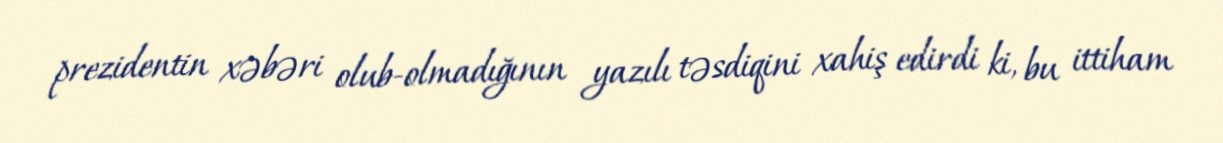
prezidentin xəbəri olub-olmadığının yazılı təsdiqini xahiş edirdi ki, bu ittiham